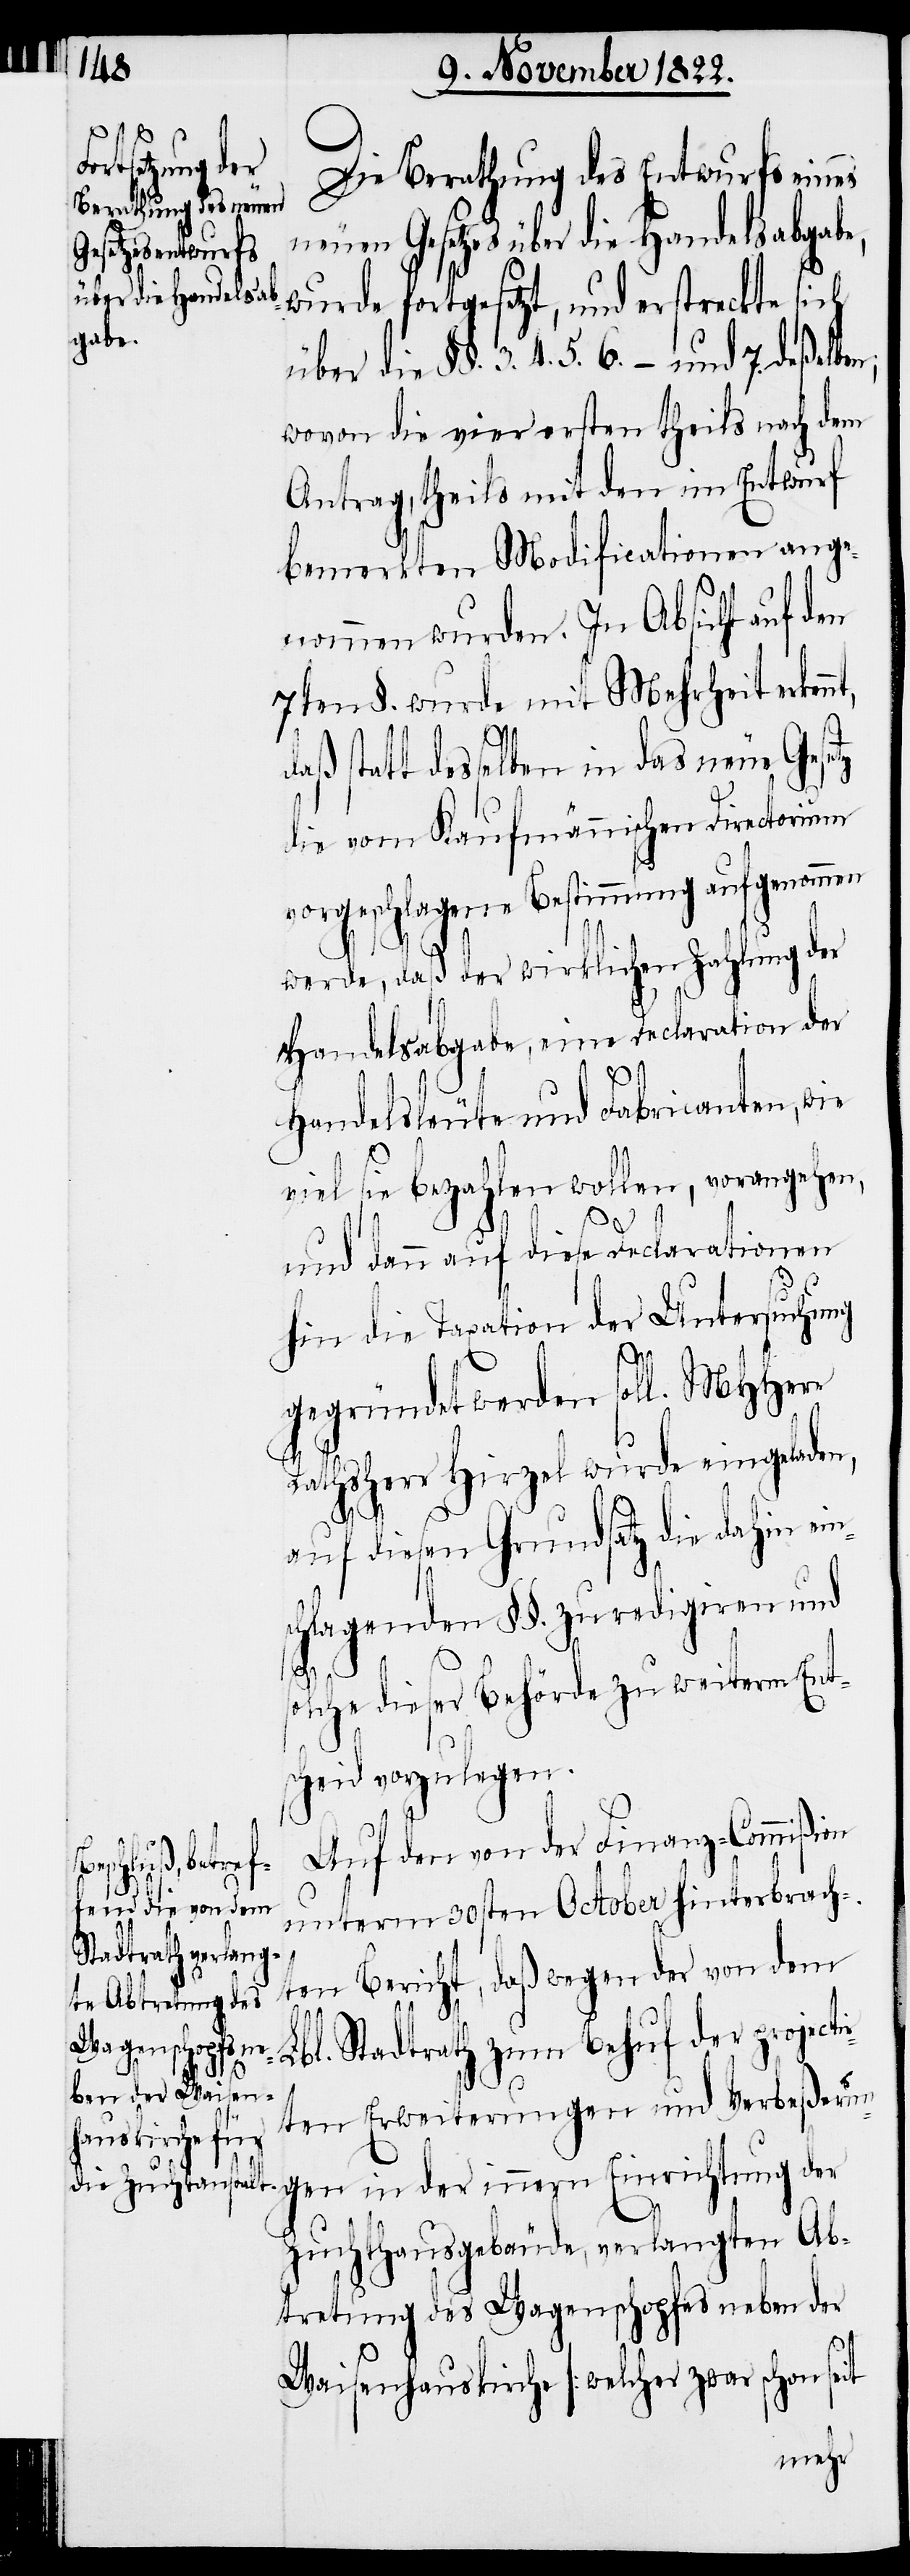
Die Berathung des Entwurfs eines
neuen Gesetzes über die Handelsabgabe,
wurde fortgesetzt, und erstreckte sich
über die §§. 3. 4. 5. 6. – und 7. deßelbe¬
wovon die vier ersten theils nach dem
Antrag, theils mit den im Entwurf
bemerkten Modificationen ange¬
nommen wurden. In Absicht auf den
7ten §. wurde mit Mehrheit erkenn¬
aß statt desselben in das neue Gese¬
die vom Kaufmännischen Directorium
vorgeschlagene Bestimmung aufgenomm¬
werde, daß der wirklichen Zahlung der
Handelsabgabe, eine Declaration der
Handelsleute und Fabricanten, wie
viel sie bezahlen wollen, vorangehen,
und dann auf diese Declarationen
hin die Taxation der Untersuchung
gegründet werden soll. MHHerr
Rathsherr Hirzel wurde eingeladen,
auf diesen Grundsatz die dahin ein¬
schlagenden §§. zu redigiren und
solche dieser Behörde zu weiterm Ent¬
scheid vorzulegen.
Auf den von der Finanz-Commißion
unterm 30sten October hinterbrach¬
ten Bericht, daß wegen der von dem
tz
Lbl. Stadtrath zum Behuf der projecti¬
rten Erweiterungen und Verbeßerun¬
gen in der innern Einrichtung der
Zuchthausgebäude, verlangten Ab¬
tretung des Wagenschopfes neben der
en
Waisenhauskirche [welcher zwar schon seit